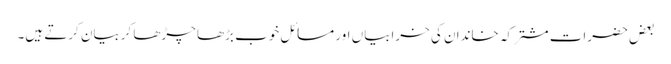
بعض حضرات مشترکہ خاندان کی خرابیاں اور مسائل خوب بڑھا چڑھا کربیان کرتے ہیں۔